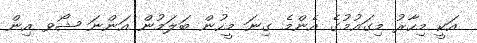
އަކީ މިހާރު މިގައުމުގެ އެންމެ ގިނަ މީހުން ބަލަމުން އަންނަ ޝޯވ އިން